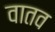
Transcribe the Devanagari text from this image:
वातव